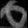
Digit: ၀